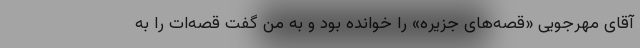
آقای مهرجویی «قصه‌های جزیره» را خوانده بود و به من گفت قصه‌ات را به